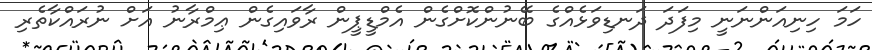
ހަމަ ހިނިއަންނަނީ މިފަދަ ދަނޑިވަޅެއްގެ ބޭނުންކޮށްގެން އެމްޑީޕީން ރާވައިގެން ޢިމްރާނު އަށް ނުރައްކާތެރި